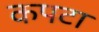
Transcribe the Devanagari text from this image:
कपटा